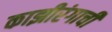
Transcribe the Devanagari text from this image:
काझीरंगाची